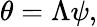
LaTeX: \theta=\Lambda\psi,